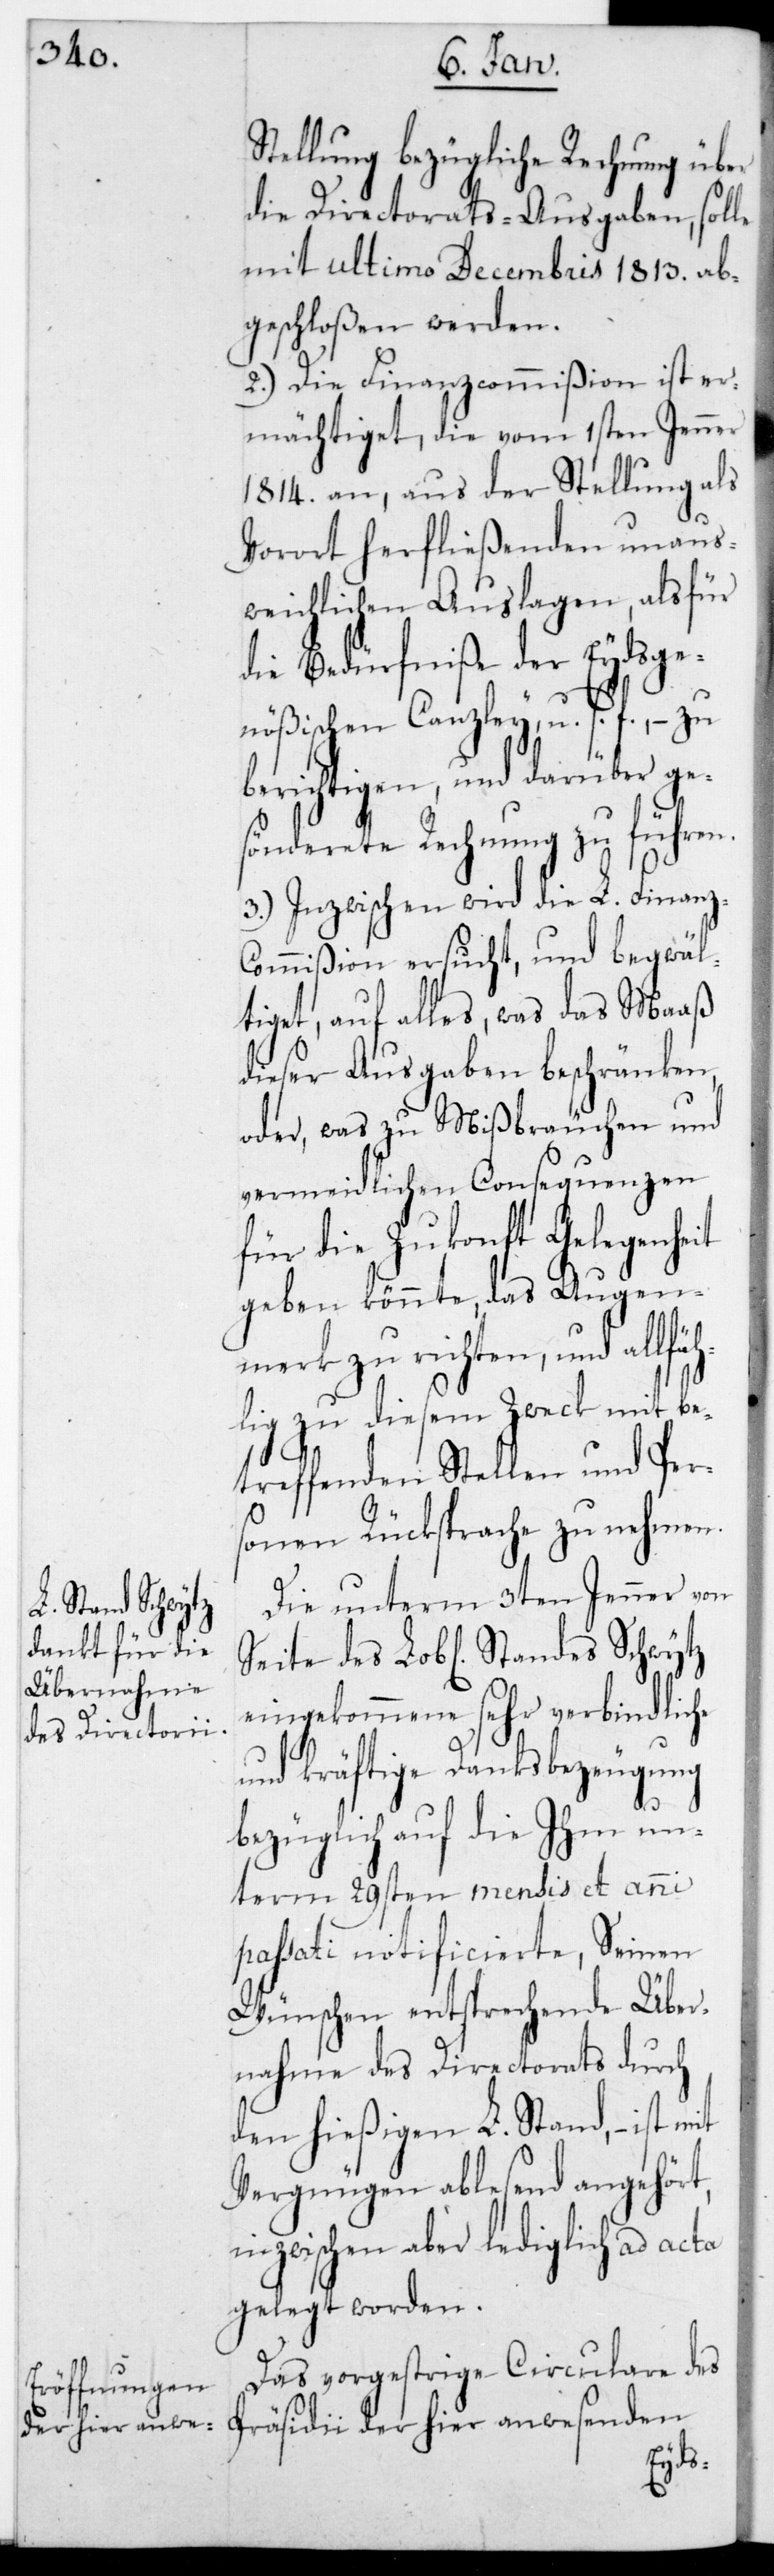
Stellung bezügliche Rechnung über
die Directorats-Ausgaben, solle
mit ultimo Decembris 1813 ab¬
geschloßen werden.
2.) Die Finanzcommißion ist er¬
mächtiget, die vom 1sten Jenner
1814 an, aus der Stellung als
Vorort herfließenden unaus¬
weichlichen Auslagen, als für
die Bedürfniße der Eydsge¬
nößischen Canzley u. s. f., – zu
berichtigen, und darüber ge¬
sönderete Rechnung zu führen.
3.) Inzwischen wird die L. Finanz¬
commißion ersucht und begwäl¬
tiget, auf alles, was das Maaß
dieser Ausgaben beschränken,
oder was zu Mißbräuchen und
vermeidlichen Consequenzen
für die Zukonft Gelegenheit
geben könnte, das Augen¬
merk zu richten, und al¬
ig zu diesem Zweck mit be¬
treffenden Stellen und Per¬
sonen Rücksprache zu nehmen.
Die unterm 3ten Jenner von
Seite des L. Standes Schwytz
eingekommene sehr verbindliche
und kräftige Danksbezeugung
bezüglich auf die ihm un¬
term 29sten mensis et anni
passati notificierte, seinen
Wünschen entsprechende Über¬
nahme des Directorats durch
den hießigen L. Stand, – ist
Vergnügen ablesend angehört,
inzwischen aber lediglich ad acta
gelegt worden.
Das vorgestrige Circulare des
Präsidii der hier anwesenden
lfähl¬